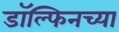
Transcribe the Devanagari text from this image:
डॉल्फिनच्या